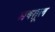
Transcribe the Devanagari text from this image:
मषग़ूल